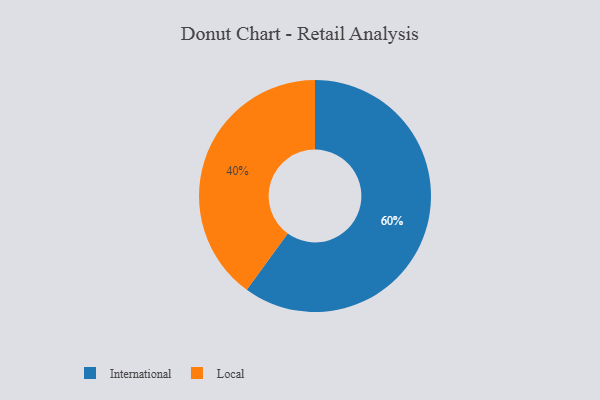
{"axis": {"x": "Category", "y": "Percentage"}, "legend": ["International", "Local"], "data": [{"x": "International", "y": 60, "type": "International"}, {"x": "Local", "y": 40, "type": "Local"}]}